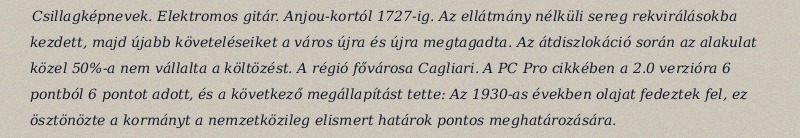
Csillagképnevek. Elektromos gitár. Anjou-kortól 1727-ig. Az ellátmány nélküli sereg rekvirálásokba kezdett, majd újabb követeléseiket a város újra és újra megtagadta. Az átdiszlokáció során az alakulat közel 50%-a nem vállalta a költözést. A régió fővárosa Cagliari. A PC Pro cikkében a 2.0 verzióra 6 pontból 6 pontot adott, és a következő megállapítást tette: Az 1930-as években olajat fedeztek fel, ez ösztönözte a kormányt a nemzetközileg elismert határok pontos meghatározására.